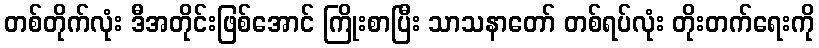
တစ်တိုက်လုံး ဒီအတိုင်းဖြစ်အောင် ကြိုးစာပြီး သာသနာတော် တစ်ရပ်လုံး တိုးတက်ရေးကို